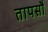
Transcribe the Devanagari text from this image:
तापसौ